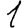
Digit: 1